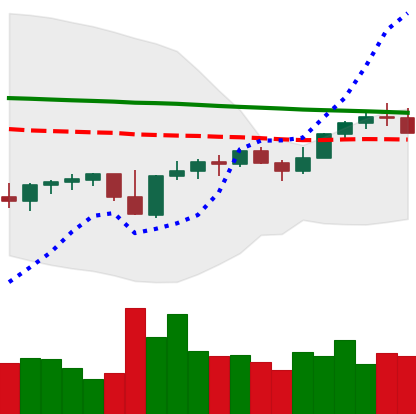
Ticker: XMR-USD
Chart end date: 2022-12-04
Forward return: 4.709%
Label: up_3_5